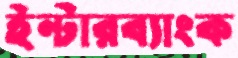
ইন্টারব্যাংক